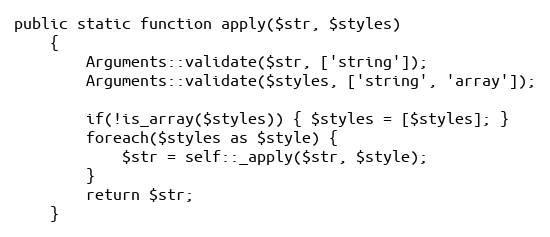
Language: PHP
public static function apply($str, $styles)
    {
        Arguments::validate($str, ['string']);
        Arguments::validate($styles, ['string', 'array']);

        if(!is_array($styles)) { $styles = [$styles]; }
        foreach($styles as $style) {
            $str = self::_apply($str, $style);
        }
        return $str;
    }